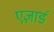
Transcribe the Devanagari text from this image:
एज़ार्ड